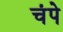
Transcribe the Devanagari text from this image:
चंपे